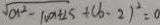
\sqrt { a ^ { 2 } - 1 0 a + 2 5 } + ( b - 2 ) ^ { 2 } = 0